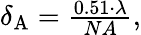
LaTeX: \begin{array}{r}{\delta_{\mathrm{A}}=\frac{0.51\cdot\lambda}{NA},}\end{array}